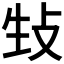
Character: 𪯉